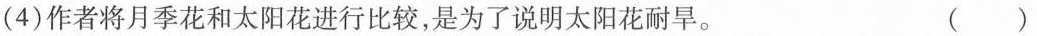
(4)作者将月季花和太阳花进行比较，是为了说明太阳花耐旱。 ( )